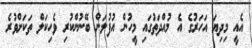
އެއީ މިދިޔަ އަހަރުގެ އެ މުއްދަތުގައި މީހުން އުފުލަން ބޭނުންކުރި ވެހިކަލް ތަކަށްވުރެ